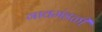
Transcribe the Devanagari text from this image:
गावमंडळी